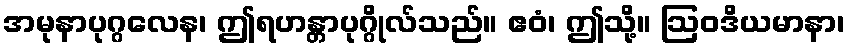
အမုနာပုဂ္ဂလေန၊ ဤရဟန္တာပုဂ္ဂိုလ်သည်။ ဧဝံ၊ ဤသို့။ ဩဝဒိယမာနာ၊